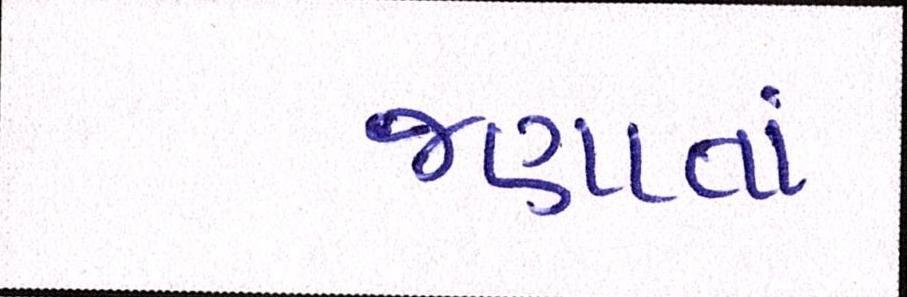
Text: જણાતાં